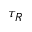
\tau _ { R }